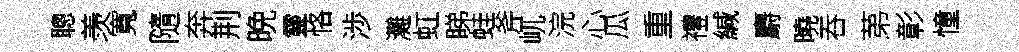
聰羡寬隨奔荆晩靈恪渉灘虹睇蛙斧屼浣心瓜重禮緘麝曉吞苐彰憧